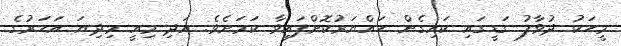
މީހަކު ދުވާލު ގަޑީގައި ކައިގެން ހައްޔަރުކޮށްފައިވާ ކަމަށެވެ. އަދި މިއީ މިދިޔަ އަހަރުގެ